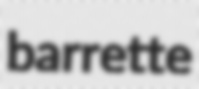
barrette